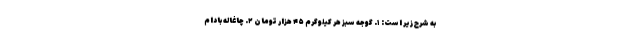
به شرح زیر است: ۱. گوجه سبز هر کیلوگرم ۴۵ هزار تومان ۲. چاغاله بادام